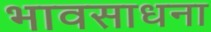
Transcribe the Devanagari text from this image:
भावसाधना